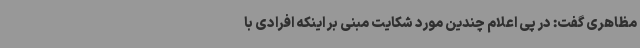
مظاهری گفت: در پی اعلام چندین مورد شکایت مبنی بر اینکه افرادی با